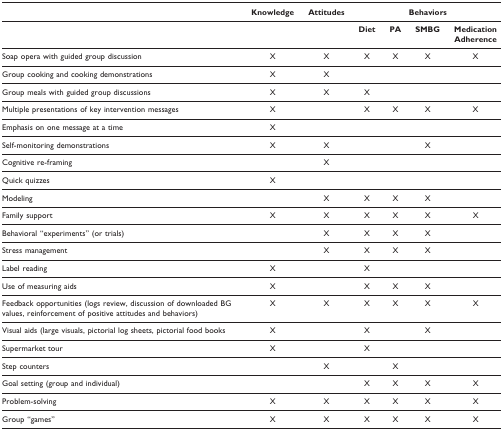
<table><thead><tr><td>[EMPTY_CELL]</td><td><b>Knowledge</b></td><td><b>Attitudes</b></td><td colspan="4"><b>Behaviors</b></td></tr></thead><tbody><tr><td>[EMPTY_CELL]</td><td>[EMPTY_CELL]</td><td>[EMPTY_CELL]</td><td><b>Diet</b></td><td><b>PA</b></td><td><b>SMBG</b></td><td><b>Medication Adherence</b></td></tr><tr><td>Soap opera with guided group discussion</td><td>X</td><td>X</td><td>X</td><td>X</td><td>X</td><td>X</td></tr><tr><td>Group cooking and cooking demonstrations</td><td>X</td><td>X</td><td>[EMPTY_CELL]</td><td>[EMPTY_CELL]</td><td>[EMPTY_CELL]</td><td>[EMPTY_CELL]</td></tr><tr><td>Group meals with guided group discussions</td><td>X</td><td>X</td><td>X</td><td>[EMPTY_CELL]</td><td>[EMPTY_CELL]</td><td>[EMPTY_CELL]</td></tr><tr><td>Multiple presentations of key intervention messages</td><td>X</td><td>[EMPTY_CELL]</td><td>X</td><td>X</td><td>X</td><td>X</td></tr><tr><td>Emphasis on one message at a time</td><td>X</td><td>[EMPTY_CELL]</td><td>[EMPTY_CELL]</td><td>[EMPTY_CELL]</td><td>[EMPTY_CELL]</td><td>[EMPTY_CELL]</td></tr><tr><td>Self-monitoring demonstrations</td><td>X</td><td>X</td><td>[EMPTY_CELL]</td><td>[EMPTY_CELL]</td><td>X</td><td>[EMPTY_CELL]</td></tr><tr><td>Cognitive re-framing</td><td>[EMPTY_CELL]</td><td>X</td><td>[EMPTY_CELL]</td><td>[EMPTY_CELL]</td><td>[EMPTY_CELL]</td><td>[EMPTY_CELL]</td></tr><tr><td>Quick quizzes</td><td>X</td><td>[EMPTY_CELL]</td><td>[EMPTY_CELL]</td><td>[EMPTY_CELL]</td><td>[EMPTY_CELL]</td><td>[EMPTY_CELL]</td></tr><tr><td>Modeling</td><td>[EMPTY_CELL]</td><td>X</td><td>X</td><td>X</td><td>X</td><td>[EMPTY_CELL]</td></tr><tr><td>Family support</td><td>X</td><td>X</td><td>X</td><td>X</td><td>X</td><td>X</td></tr><tr><td>Behavioral "experiments" (or trials)</td><td>[EMPTY_CELL]</td><td>X</td><td>X</td><td>X</td><td>X</td><td>[EMPTY_CELL]</td></tr><tr><td>Stress management</td><td>[EMPTY_CELL]</td><td>X</td><td>X</td><td>X</td><td>X</td><td>[EMPTY_CELL]</td></tr><tr><td>Label reading</td><td>X</td><td>[EMPTY_CELL]</td><td>X</td><td>[EMPTY_CELL]</td><td>[EMPTY_CELL]</td><td>[EMPTY_CELL]</td></tr><tr><td>Use of measuring aids</td><td>X</td><td>[EMPTY_CELL]</td><td>X</td><td>X</td><td>X</td><td>[EMPTY_CELL]</td></tr><tr><td>Feedback opportunities (logs review, discussion of downloaded BG values, reinforcement of positive attitudes and behaviors)</td><td>X</td><td>X</td><td>X</td><td>X</td><td>X</td><td>X</td></tr><tr><td>Visual aids (large visuals, pictorial log sheets, pictorial food books</td><td>X</td><td>[EMPTY_CELL]</td><td>X</td><td>[EMPTY_CELL]</td><td>X</td><td>[EMPTY_CELL]</td></tr><tr><td>Supermarket tour</td><td>X</td><td>[EMPTY_CELL]</td><td>X</td><td>[EMPTY_CELL]</td><td>[EMPTY_CELL]</td><td>[EMPTY_CELL]</td></tr><tr><td>Step counters</td><td>[EMPTY_CELL]</td><td>X</td><td>[EMPTY_CELL]</td><td>X</td><td>[EMPTY_CELL]</td><td>[EMPTY_CELL]</td></tr><tr><td>Goal setting (group and individual)</td><td>[EMPTY_CELL]</td><td>[EMPTY_CELL]</td><td>X</td><td>X</td><td>X</td><td>X</td></tr><tr><td>Problem-solving</td><td>X</td><td>X</td><td>X</td><td>X</td><td>X</td><td>X</td></tr><tr><td>Group "games"</td><td>X</td><td>X</td><td>X</td><td>X</td><td>X</td><td>X</td></tr></tbody></table>